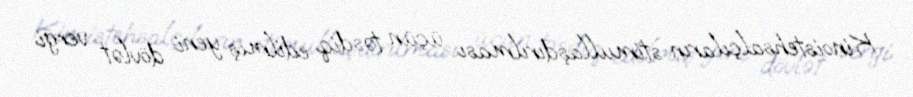
Kinoistehsalçıların stimullaşdırılması üçün təsdiq edilmiş yeni dövlət vergi